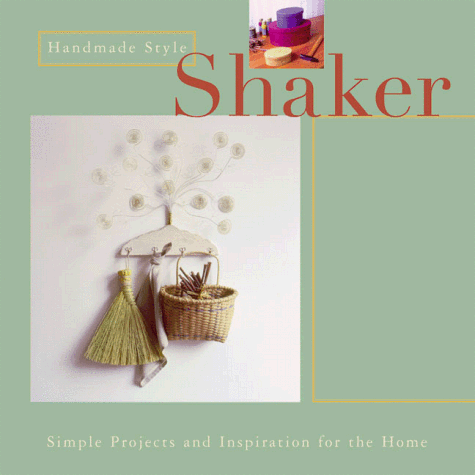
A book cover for Handmade Style: Shaker: Simple Projects and Inspiration for the Home; Dorothy Wood; Christian Books & Bibles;